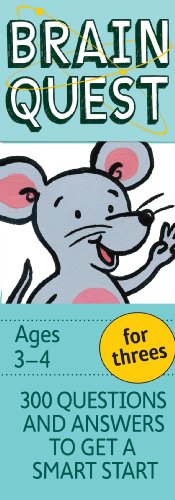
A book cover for Brain Quest for Threes, revised 4th edition: 300 Questions and Answers to Get a Smart Start; Chris Welles Feder; Children's Books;